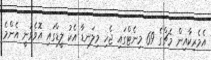
އެމެރިކާއިން މެޗްގެ 69 މިނެޓްގައި ޖެހި މިލަނޑާ އެކު ލީޑްގައި އޮވެވުނީ އެންމެ